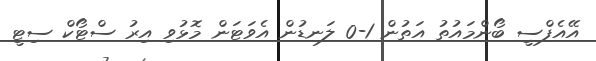
އޭއެފްސީ ބޯންމައުތު އަތުން 1-0 ލަނޑުން އެވަޓަން މޮޅުވި އިރު ސްޓޯކް ސިޓީ